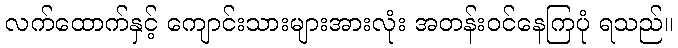
လက်ထောက်နှင့် ကျောင်းသားများအားလုံး အတန်းဝင်နေကြပုံ ရသည်။